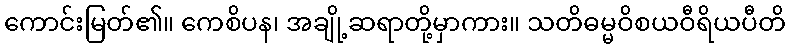
ကောင်းမြတ်၏။ ကေစိပန၊ အချို့ဆရာတို့မှာကား။ သတိဓမ္မဝိစယဝီရိယပီတိ